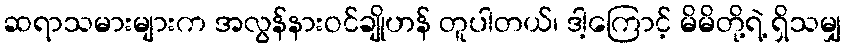
ဆရာသမားများက အလွန်နားဝင်ချိုဟန် တူပါတယ်၊ ဒါ့ကြောင့် မိမိတို့ရဲ့ ရှိသမျှ